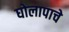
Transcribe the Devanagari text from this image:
घोलापाचे